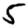
Digit: 5